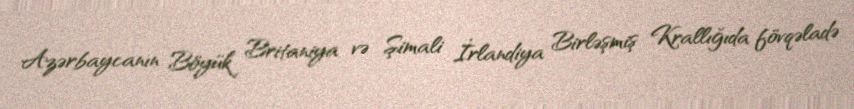
Azərbaycanın Böyük Britaniya və Şimali İrlandiya Birləşmiş Krallığıda fövqəladə